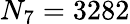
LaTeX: N_{7}=3282